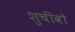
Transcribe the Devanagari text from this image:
शुचीवो